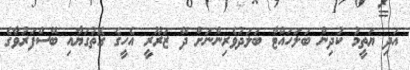
އަދި ޔަތީމު ކުދިން ބަލަހައްޓާ ބަލަދުވެރިންނަށް ދޭ ޒަރޫރީ އެހީގެ ގޮތުގަޔާއި ބޭސްފަރުވާގެ